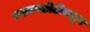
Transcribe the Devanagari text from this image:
एसएनडीटीमधून